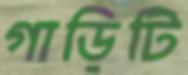
গাড়িটি